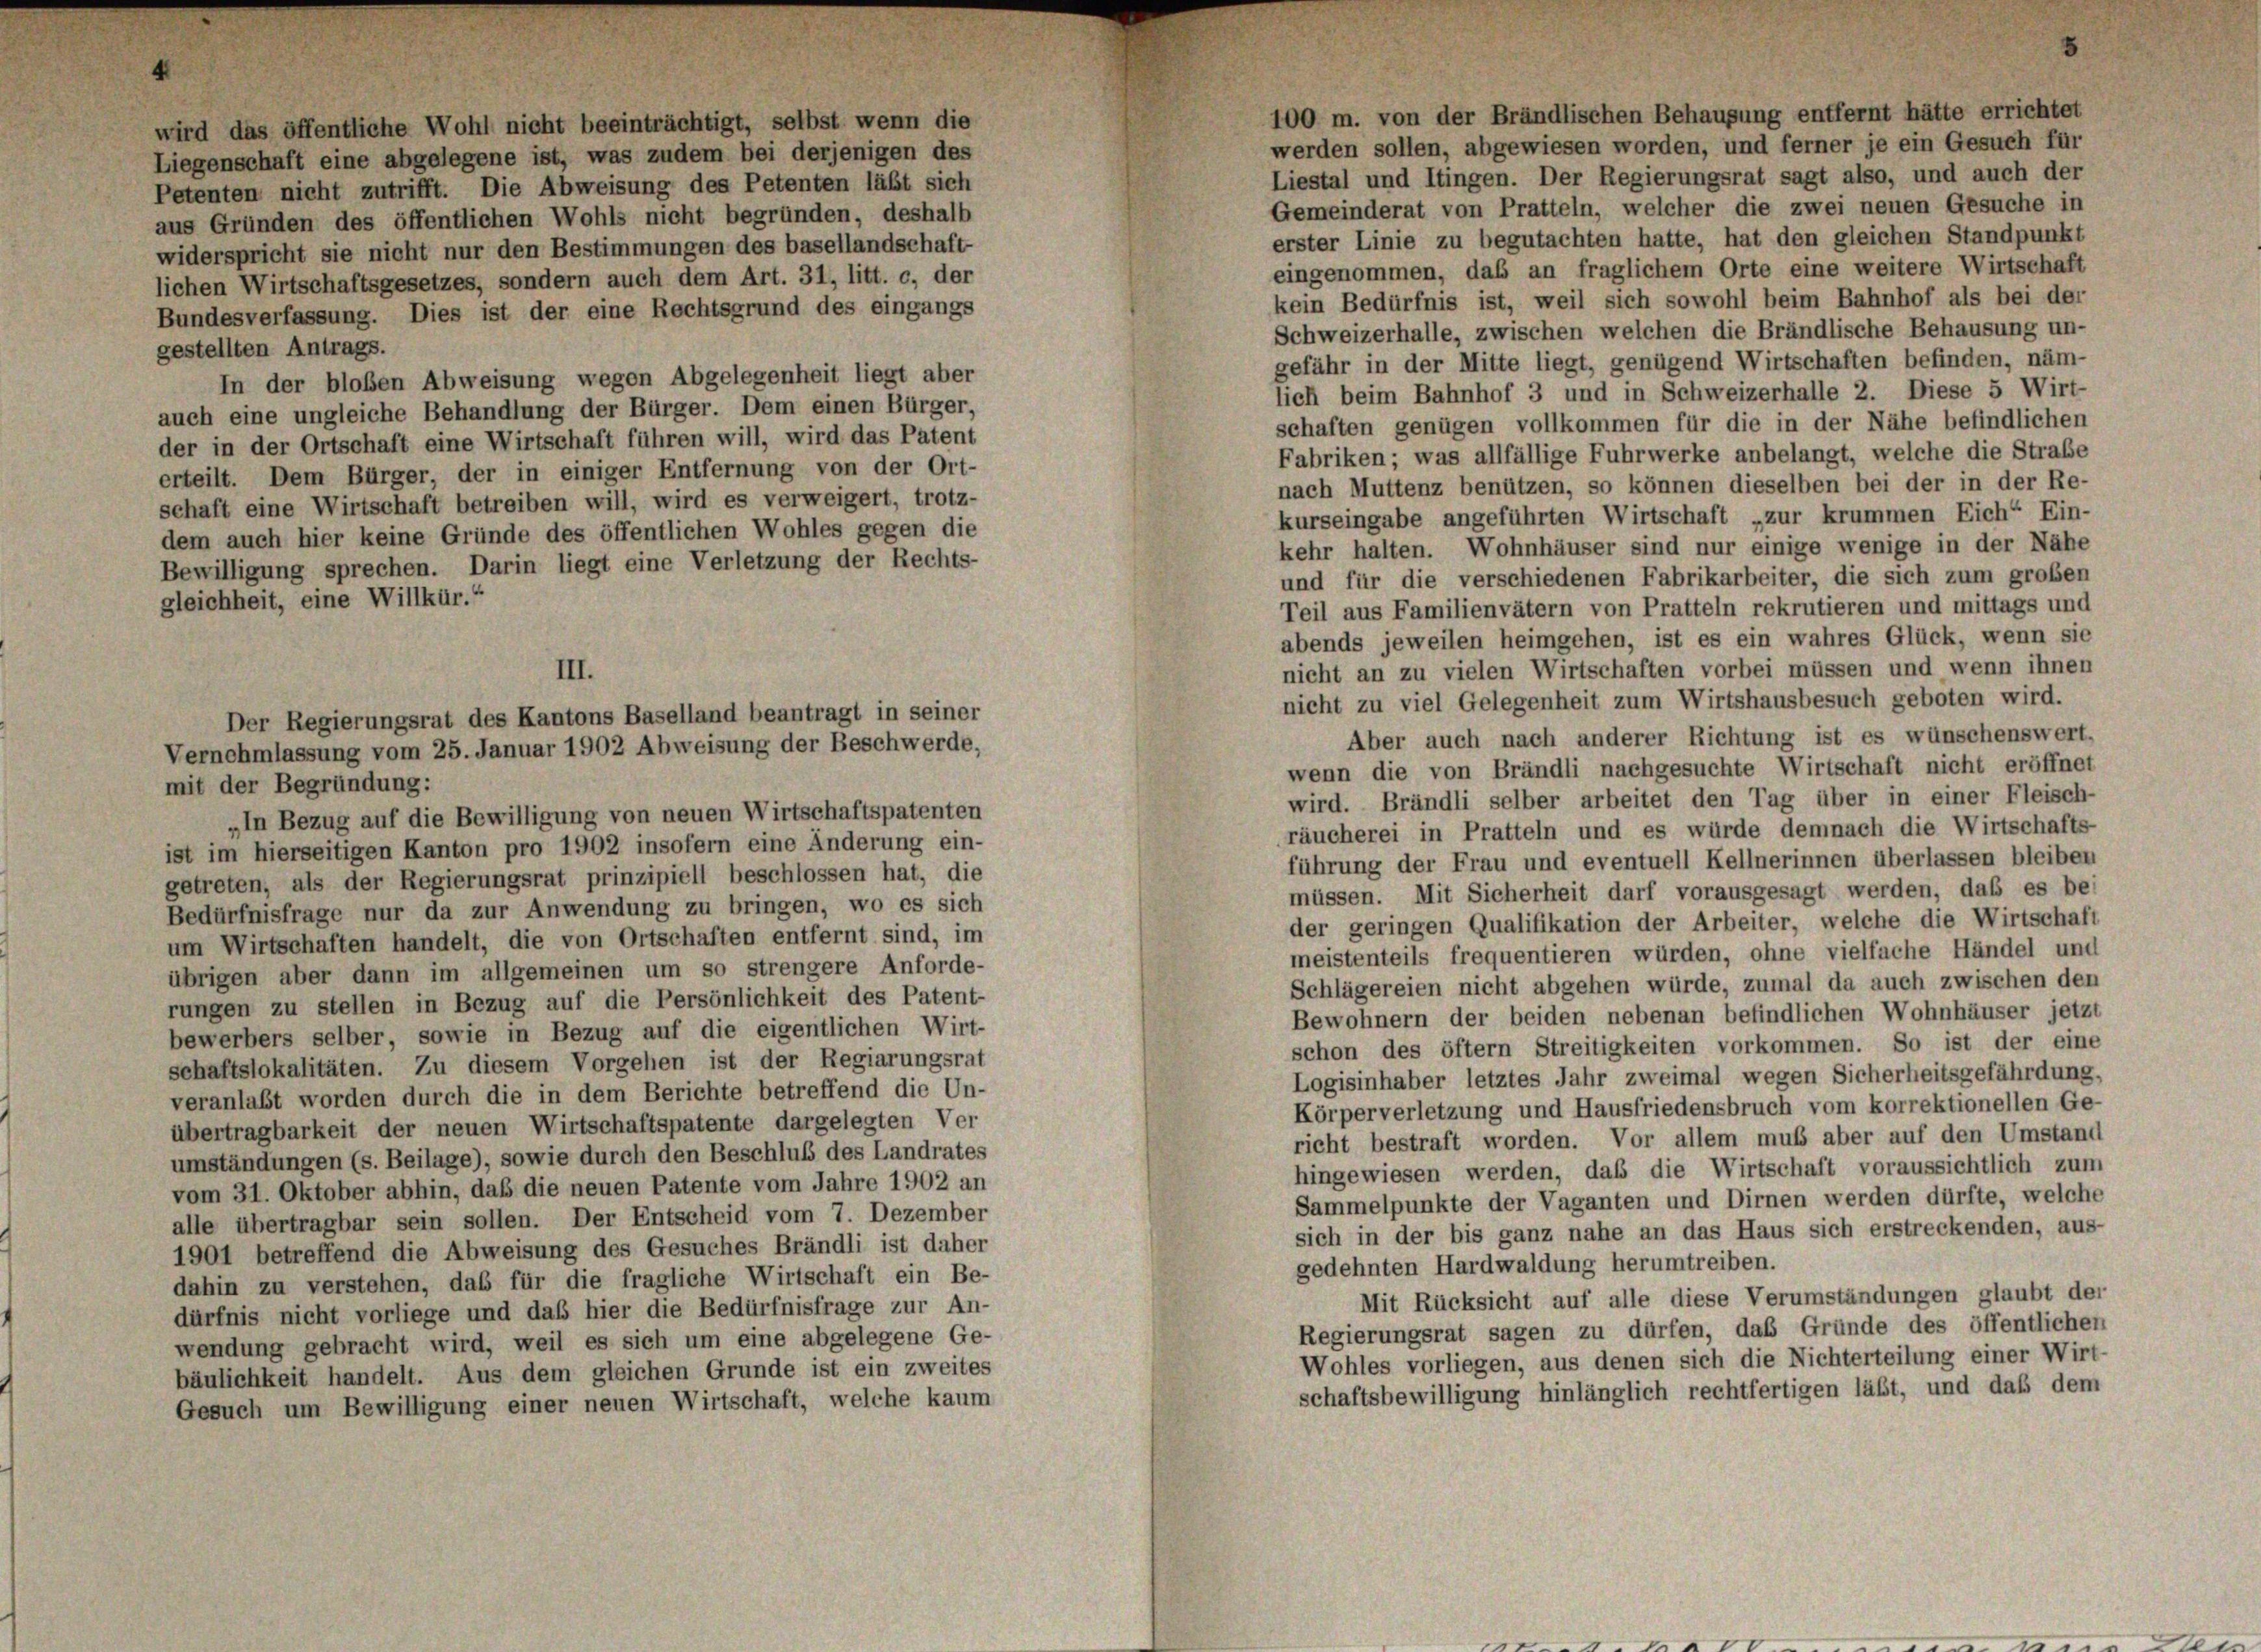
100 m. von der Brändlischen Behausung entfernt hätte errichtet
wird das öffentliche Wohl nicht beeinträchtigt, selbst wenn die
werden sollen, abgewiesen worden, und ferner je ein Gesuch für
Liegenschaft eine abgelegene ist, was zudem bei derjenigen des
Liestal und Itingen. Der Regierungsrat sagt also, und auch der
Petenten nicht zutrifft. Die Abweisung des Petenten läßt sich
Gemeinderat von Pratteln, welcher die zwei neuen Gesuche in
aus Gründen des öffentlichen Wohls nicht begründen, deshalb
erster Linie zu begutachten hatte, hat den gleichen Standpunkt
widerspricht sie nicht nur den Bestimmungen des basellandschaft-
eingenommen, das an fraglichem Orte eine weitere Wirtschaft
lichen Wirtschaftsgesetzes, sondern auch dem Art. 31, litt. c, der
kein Bedürfnis ist, weil sich sowohl beim Bahnhof als bei der
Bundesverfassung. Dies ist der eine Rechtsgrund des eingangs
Schweizerhalle, zwischen welchen die Brändlische Behausung un-
gestellten Antrags.
gefähr in der Mitte liegt, genügend Wirtschaften befinden, näm-
In der bloßen Abweisung wegen Abgelegenheit liegt aber
lich beim Bahnhof 3 und in Schweizerhalle 2. Diese 5 Wirt-
auch eine ungleiche Behandlung der Bürger. Dem einen Bürger,
schaften genügen vollkommen für die in der Nähe befindlichen
der in der Ortschaft eine Wirtschaft führen will, wird das Patent
Fabriken; was allfällige Fuhrwerke anbelangt, welche die Straße
erteilt. Dem Bürger, der in einiger Entfernung von der Ort-
nach Muttenz benützen, so können dieselben bei der in der Re-
schaft eine Wirtschaft betreiben will, wird es verweigert, trotz-
kurseingabe angeführten Wirtschaft „zur krummen Eich“ Ein-
dem auch hier keine Gründe des öffentlichen Wohles gegen die
kehr halten. Wohnhäuser sind nur einige wenige in der Nähe
Bewilligung sprechen. Darin liegt eine Verletzung der Rechts-
und für die verschiedenen Fabrikarbeiter, die sich zum großen
gleichheit, eine Willkür.“
Teil aus Familienvätern von Pratteln rekrutieren und mittags und
abends jeweilen heimgehen, ist es ein wahres Glück, wenn sie
nicht an zu vielen Wirtschaften vorbei müssen und wenn ihnen
III.
nicht zu viel Gelegenheit zum Wirtshausbesuch geboten wird.
Der Regierungsrat des Kantons Baselland beantragt in seiner
Aber auch nach anderer Richtung ist es wünschenswert.
Vernehmlassung vom 25. Januar 1902 Abweisung der Beschwerde,
wenn die von Brändli nachgesuchte Wirtschaft nicht eröffnet
mit der Begründung:
wird. Brändli selber arbeitet den Tag über in einer Fleisch-
„In Bezug auf die Bewilligung von neuen Wirtschaftspatenten
räucherei in Pratteln und es würde demnach die Wirtschafts-
ist im hierseitigen Kanton pro 1902 insofern eine Änderung ein-
führung der Frau und eventuell Kellnerinnen überlassen bleiben
getreten, als der Regierungsrat prinzipiell beschlossen hat, die
müssen. Mit Sicherheit darf vorausgesagt werden, daß es bei
Bedürfnisfrage nur da zur Anwendung zu bringen, wo es sich
der geringen Qualifikation der Arbeiter, welche die Wirtschaft
um Wirtschaften handelt, die von Ortschaften entfernt sind, im
meistenteils frequentieren würden, ohne vielfache Händel und
übrigen aber dann im allgemeinen um so strengere Anforde-
Schlägereien nicht abgehen würde, zumal da auch zwischen den
rungen zu stellen in Bezug auf die Persönlichkeit des Patent-
Bewohnern der beiden nebenan befindlichen Wohnhäuser jetzt
bewerbers selber, sowie in Bezug auf die eigentlichen Wirt-
schon des öftern Streitigkeiten vorkommen. So ist der eine
schaftslokalitäten. Zu diesem Vorgehen ist der Regiarungsrat
Logisinhaber letztes Jahr zweimal wegen Sicherheitsgefährdung.
veranlaßt worden durch die in dem Berichte betreffend die Un-
Körperverletzung und Hausfriedensbruch vom korrektionellen Ge-
übertragbarkeit der neuen Wirtschaftspatente dargelegten Ver
richt bestraft worden. Vor allem muß aber auf den Umstand
umständungen (s. Beilage), sowie durch den Beschluß des Landrates
hingewiesen werden, daß die Wirtschaft voraussichtlich zum
vom 31. Oktober abhin, daß die neuen Patente vom Jahre 1902 an
Sammelpunkte der Vaganten und Dirnen werden dürfte, welche
alle übertragbar sein sollen. Der Entscheid vom 7. Dezember
sich in der bis ganz nahe an das Haus sich erstreckenden, aus-
1901 betreffend die Abweisung des Gesuches Brändli ist daher
gedehnten Hardwaldung herumtreiben.
dahin zu verstehen, das für die fragliche Wirtschaft ein Be-
Mit Rücksicht auf alle diese Verumständungen glaubt der
dürfnis nicht vorliege und daß hier die Bedürfnisfrage zur An-
Regierungsrat sagen zu dürfen, das Gründe des öffentlichen
wendung gebracht wird, weil es sich um eine abgelegene Ge-
Wohles vorliegen, aus denen sich die Nichterteilung einer Wirt-
bäulichkeit handelt. Aus dem gleichen Grunde ist ein zweites
schaftsbewilligung hinlänglich rechtfertigen läßt, und daß dem
Gesuch um Bewilligung einer neuen Wirtschaft, welche kaum

5